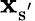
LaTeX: \mathbf{x}_{\mathrm{{{s}^{'}}}}